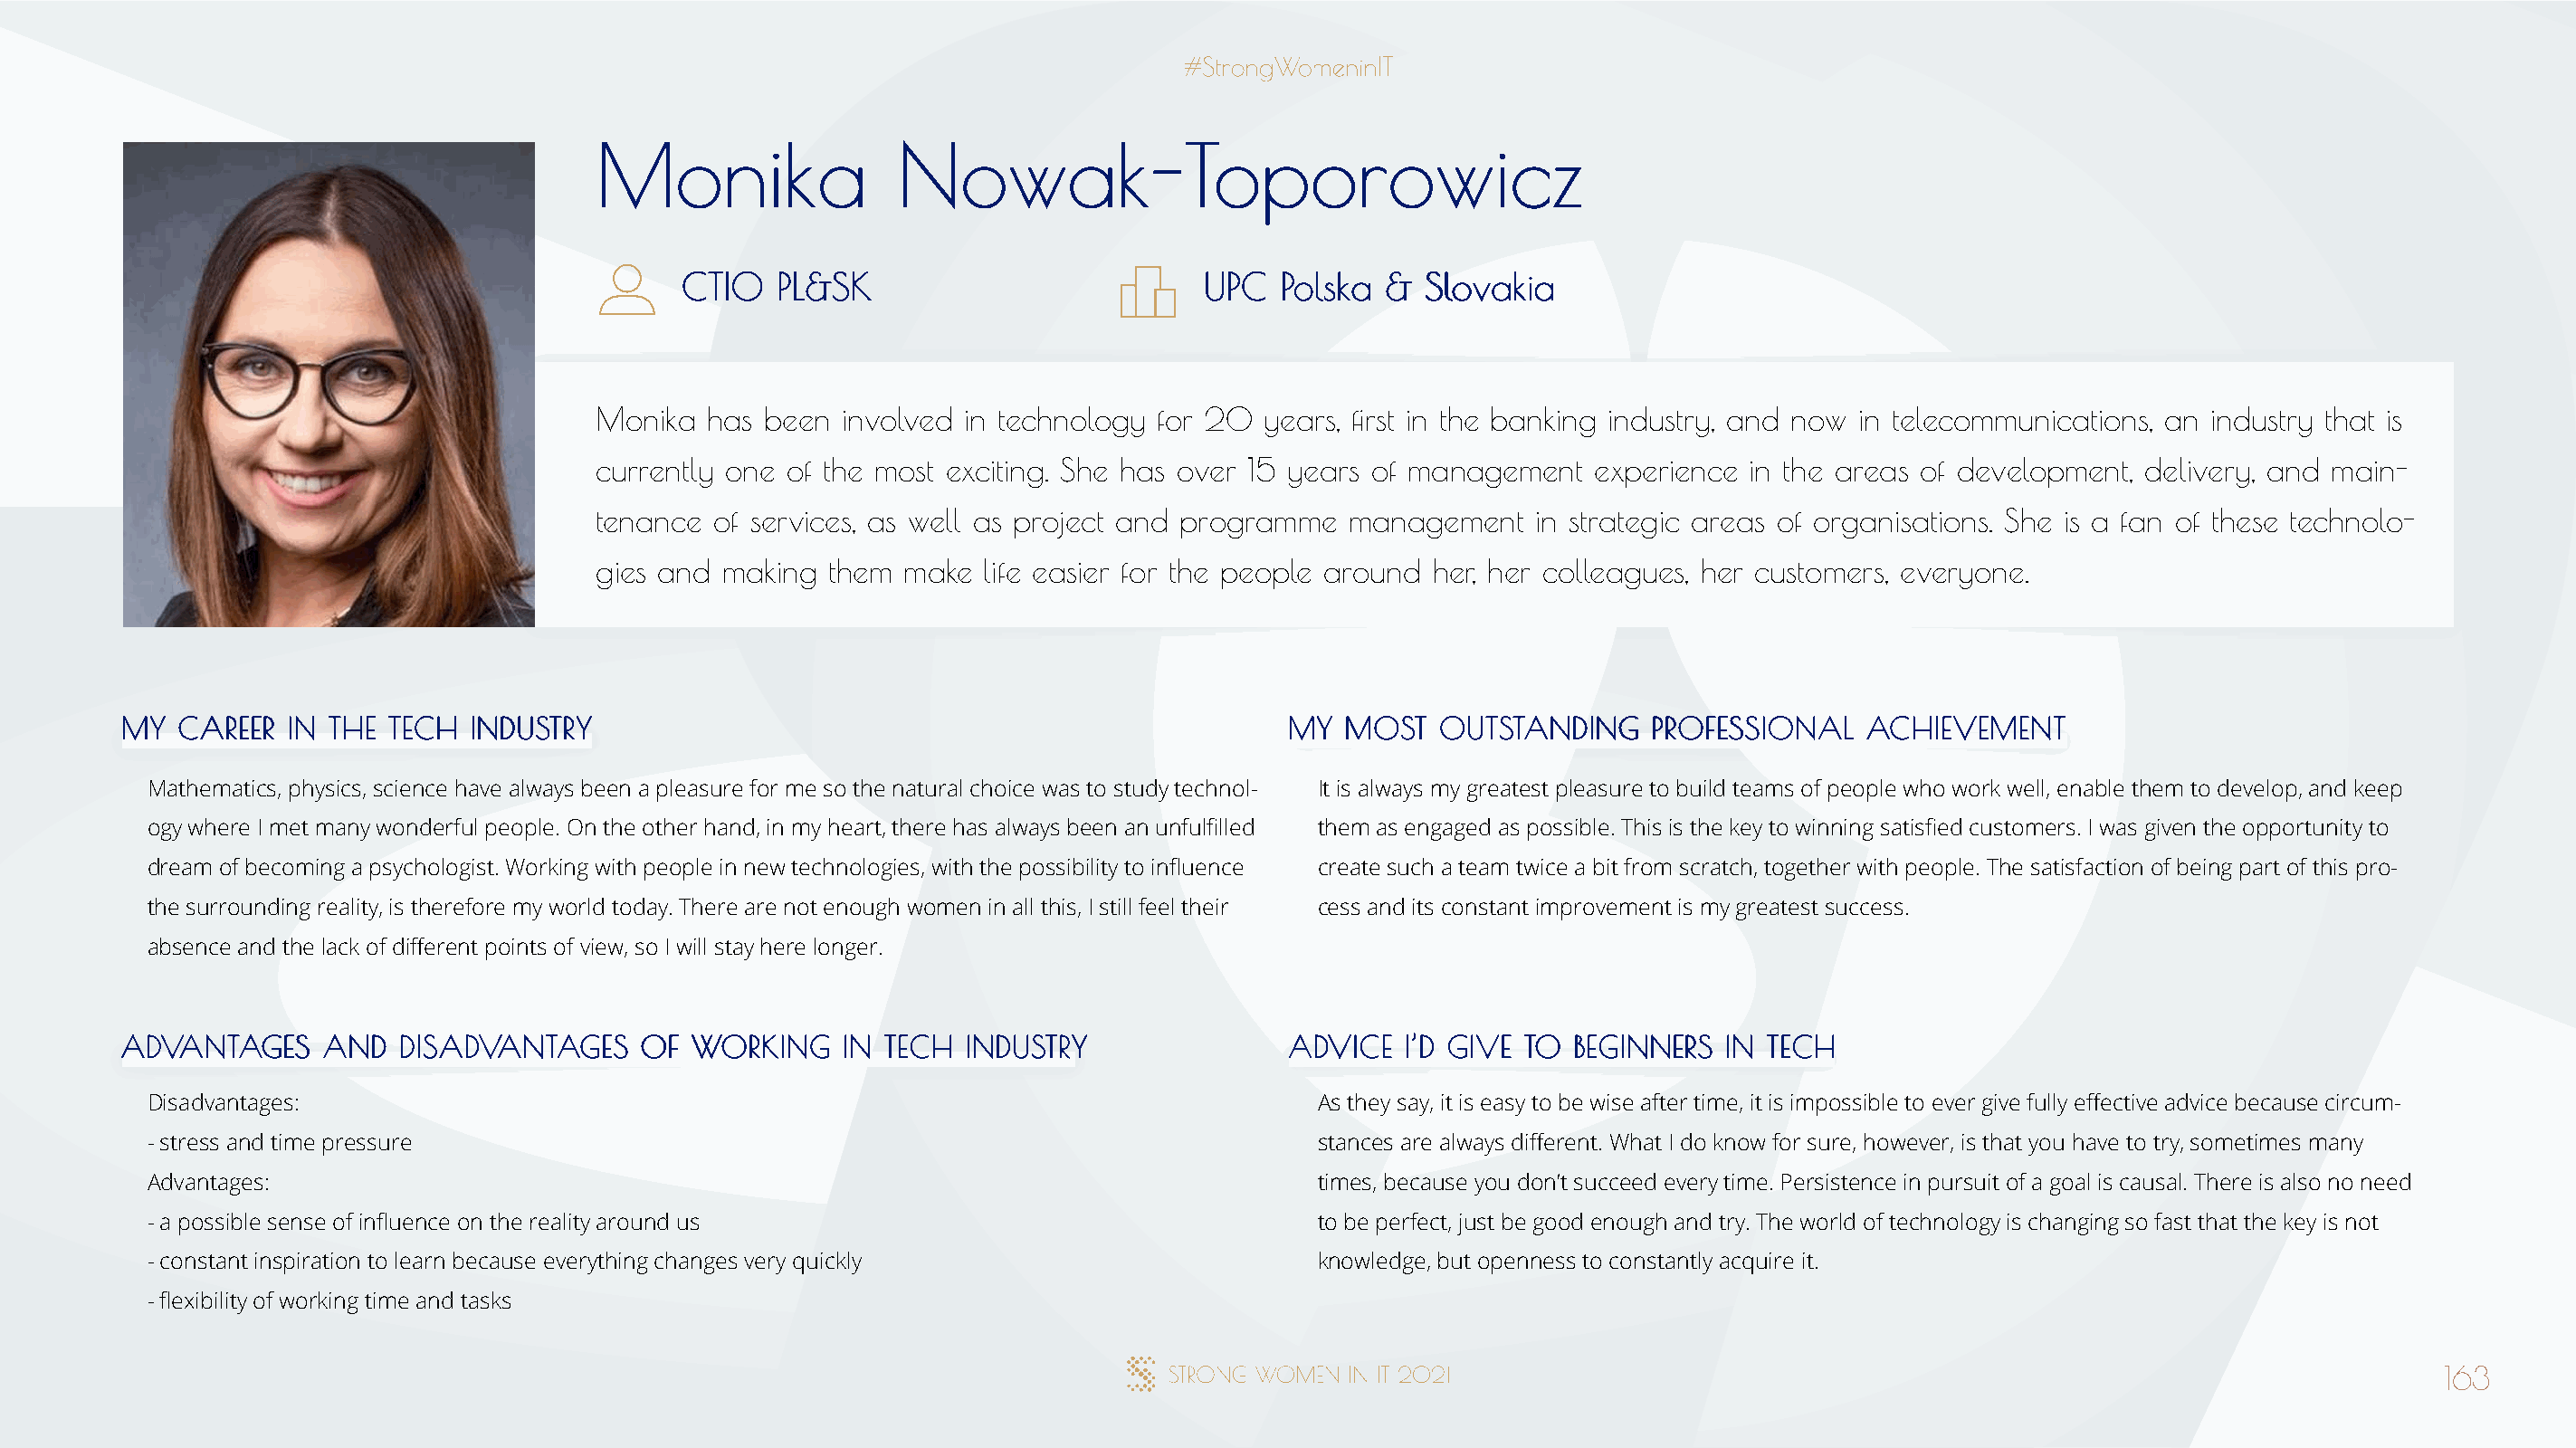
MMoonniikkaa          NNoowwaakk--TTooppoorroowwiicczz
 CCTTIIOO PPLL&&SSKK                   UUPPCC PPoollsskkaa && SSlloovvaakkiiaa
 Monika  has been  involved in technology for 20 years, first in the banking industry, and now in telecommunications, an industry that is
 currently one of the most exciting. She has over 15 years of management  experience in the areas of development, delivery, and main-
 tenance of services, as well as project and programme  management   in strategic areas of organisations. She is a fan of these technolo-
 gies and making  them make  life easier for the people around her, her colleagues, her customers, everyone.
 MMYY CCAARREEEERR IINN TTHHEE TTEECCHH IINNDDUUSSTTRRYY                              MMYY MMOOSSTT OOUUTTSSTTAANNDDIINNGG PPRROOFFEESSSSIIOONNAALL AACCHHIIEEVVEEMMEENNTT
 Mathematics, physics, science have always been a pleasure for me so the natural choice was to study technol- It is always my greatest pleasure to build teams of people who work well, enable them to develop, and keep
 ogy where I met many wonderful people. On the other hand, in my heart, there has always been an unfulfilled them as engaged as possible. This is the key to winning satisfied customers. I was given the opportunity to
 dream of becoming a psychologist. Working with people in new technologies, with the possibility to influence create such a team twice a bit from scratch, together with people. The satisfaction of being part of this pro-
 the surrounding reality, is therefore my world today. There are not enough women in all this, I still feel their cess and its constant improvement is my greatest success.
 absence and the lack of different points of view, so I will stay here longer.
 AADDVVAANNTTAAGGEESS AANNDD DDIISSAADDVVAANNTTAAGGEESS OOFF WWOORRKKIINNGG IINN TTEECCHH IINNDDUUSSTTRRYY AADDVVIICCEE II’’DD GGIIVVEE TTOO BBEEGGIINNNNEERRSS IINN TTEECCHH
 Disadvantages:                                                                       As they say, it is easy to be wise after time, it is impossible to ever give fully effective advice because circum-
 - stress and time pressure                                                           stances are always different. What I do know for sure, however, is that you have to try, sometimes many
 Advantages:                                                                          times, because you don’t succeed every time. Persistence in pursuit of a goal is causal. There is also no need
 - a possible sense of influence on the reality around us                             to be perfect, just be good enough and try. The world of technology is changing so fast that the key is not
 - constant inspiration to learn because everything changes very quickly              knowledge, but openness to constantly acquire it.
 - flexibility of working time and tasks
 163